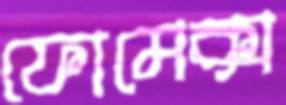
ফোমেক্স